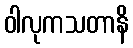
ဝါလုကသတာနိ